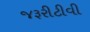
જરૂરીટીવી